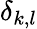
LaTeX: \delta_{k,l}